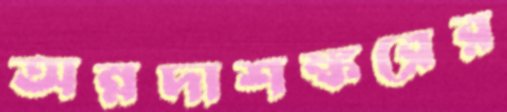
অন্নদাশঙ্করের